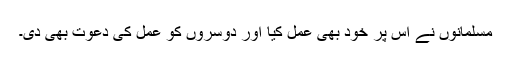
مسلمانوں نے اس پر خود بھی عمل کیا اور دوسروں کو عمل کی دعوت بھی دی۔